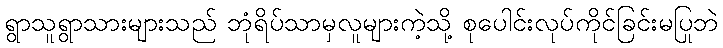
ရွာသူရွာသားများသည် ဘုံရိပ်သာမှလူများကဲ့သို့ စုပေါင်းလုပ်ကိုင်ခြင်းမပြုဘဲ